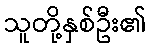
သူတို့နှစ်ဦး၏